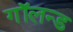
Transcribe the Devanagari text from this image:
गॉलन्ड